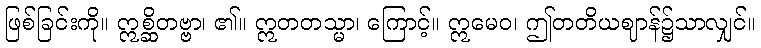
ဖြစ်ခြင်းကို။ ဣစ္ဆိတဗ္ဗာ၊ ၏။ ဣတတသ္မာ၊ ကြောင့်။ ဣမေဝ၊ ဤတတိယဈာန်၌သာလျှင်။